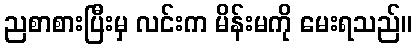
ညစာစားပြီးမှ လင်းက မိန်းမကို မေးရသည်။